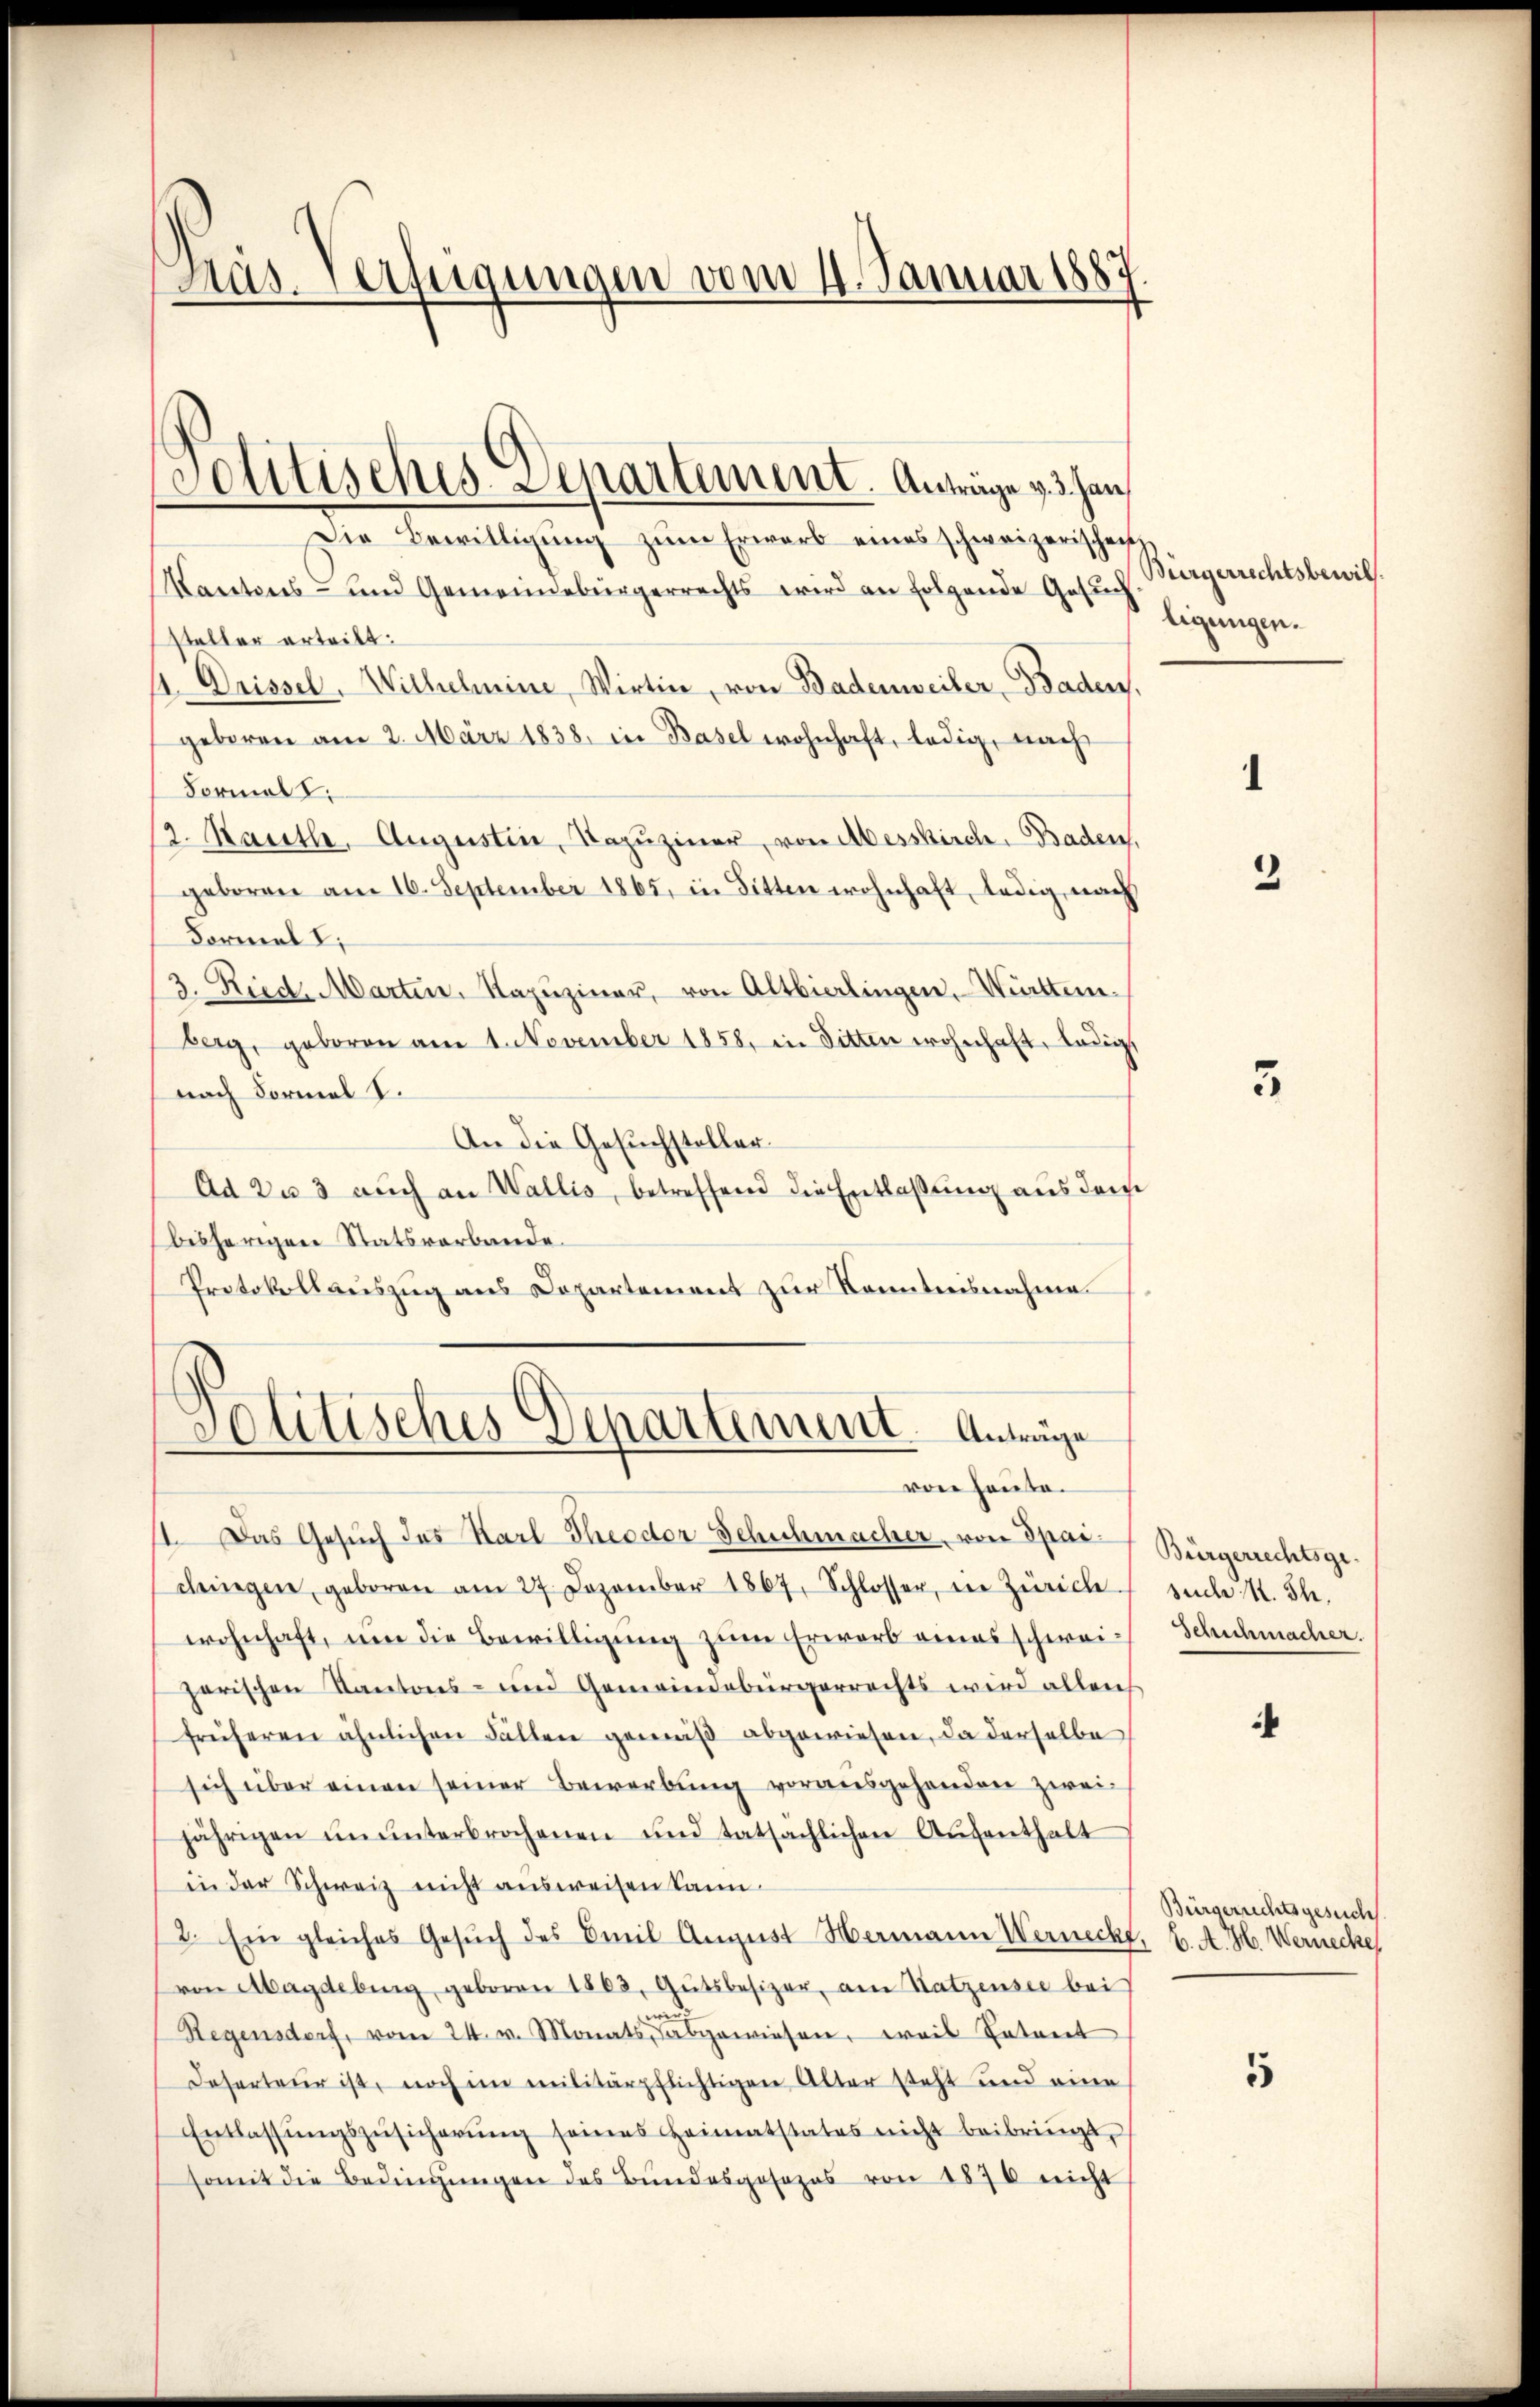
Pas. Verfügungen vom 4. Januar 1887

Petitisches Departement. Anträge v. 3. Jan

Die Bewilligŭng zŭm Erwarb eines schweizerischeint
Kantons- und Gemeindebürgerrechts wird an folgende Gesuch
steller erteilt:
1 Drissel. Wilhelmine, Wirtin, von Badenweiler, Baden.
geboren am 2. März 1838. in Basel wohnhaft, ledig, nach
Formal t
12. Kauthe, Augustine, Bazŭziner, von Messkirch. Baden,
geboren am 16. September 1865, in Bitten wohnhaft, ledig, nach
Formel 1;
3. Ried. Marten, Kapŭziner, von Altbierlingen, Württemberg, geboren am 1. November 1858, in Sitten wohnhaft, ledigt
nach Formal S.
An die Gesuchsteller
Ad Da 3 auch an Wallis, betreffend die Entlaßung aus dem
bisherigen Statsverbande.
Protokollauszug aus Departement zur Kenntnisnahme.

Politisches Departement. Antrage
von heute.

1. Das Gesŭch des Karl Theodor Schochmacher von Spar Bürgerrechtsge-
dringen, geboren am 27. Dezember 1867, Schlosser, in Zürich
wohnhaft, um die Bewilligung zum Erwarb eines schweigarischen Kantons- und Gemeindebürgerrechts wird allens
früheren ähnlichen Fällen gemäß abgewiesen, da derselbe
sich über einen seiner Bewerbung vorausgehenden zweijährigen ŭnŭnterbrochenen und tatsächlichen Aŭfenthalt
in der Schweiz nicht ausweisen kann.
2. Ein gleiches Gesŭch des Emil August Hermann Werneckt, u. A. H. Wernecke
von Magdebung geboren 1863, Gutsbesizer, am Satzensee bei
Regensdorf, vom 24. v. Monats, abgewiesen, weil Petent
Deserteur ist, noch im militärpflichtigen Alter steht und eine
Entlassŭngszŭsicherŭng seines Heimatstates nicht beibringt,
somit die Bedingŭngen des Bŭndesgesezes von 1870 nicht

Bürgerrechtsbewill.
ligungen.

2

3

such K. Th.
Schuhmacher.

4

Bürgerrechtsgesuch

5